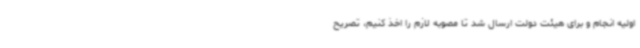
اولیه انجام و برای هیئت دولت ارسال شد تا مصوبه لازم را اخذ کنیم، تصریح